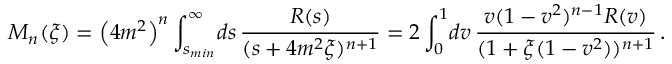
{ \cal M } _ { n } ( \xi ) = \left( 4 m ^ { 2 } \right) ^ { n } \int _ { s _ { m i n } } ^ { \infty } \! d s \, \frac { R ( s ) } { ( s + 4 m ^ { 2 } \xi ) ^ { n + 1 } } = 2 \int _ { 0 } ^ { 1 } \! d v \, \frac { v ( 1 - v ^ { 2 } ) ^ { n - 1 } R ( v ) } { ( 1 + \xi ( 1 - v ^ { 2 } ) ) ^ { n + 1 } } \, .